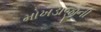
મોખડાજીની